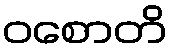
ဝစောတိ